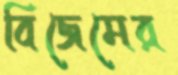
বিজেমের